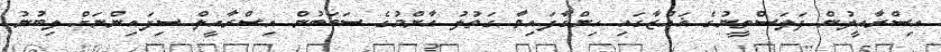
އިސްރާއީލުން ފަލަސްތީނުގެ ޣައްޒާގައި ހިންގާފައިވާ ގަތުލު އާންމުގެ ސަބަބުން އިސްރާއީލް ސިފައިންނަށް ލިބުނު